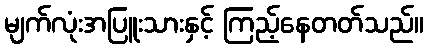
မျက်လုံးအပြူးသားနှင့် ကြည့်နေတတ်သည်။